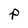
Character: p